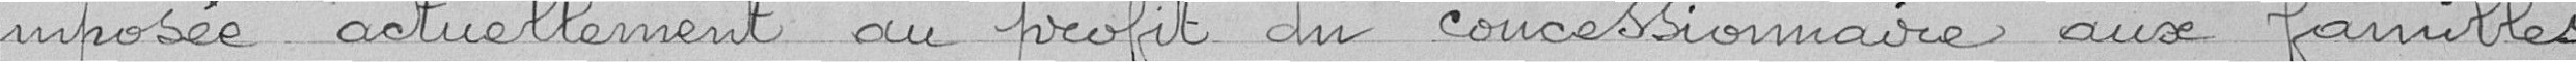
imposée actuellement au profit du concessionnaire aux familles